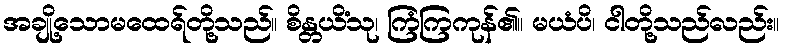
အချို့သောမထေရ်တို့သည်။ စိန္တယိံသု၊ ကြံကြကုန်၏။ မယံပိ၊ ငါတို့သည်လည်း။